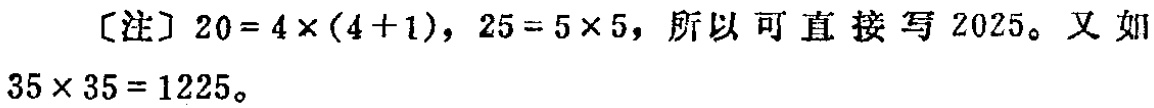
［注］$20 = 4\times(4 + 1)$，$25 = 5\times5$，所以可直接写$2025$。又如$35\times35 = 1225$。